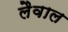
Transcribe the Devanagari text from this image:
लैवाल